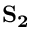
\mathbf { S _ { 2 } }